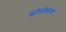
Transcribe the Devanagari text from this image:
स्त्रोतांप्रमाणे